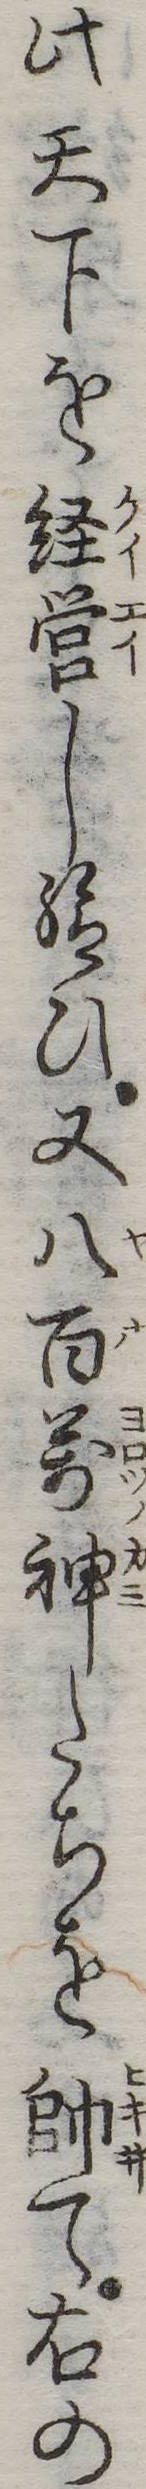
此天下を経営し給ひ又八百万神たちを帥て右の